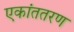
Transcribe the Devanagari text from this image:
एकांततरण